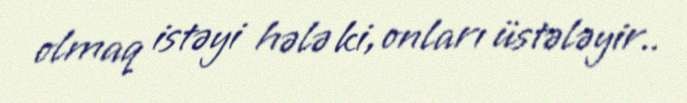
olmaq istəyi hələ ki, onları üstələyir..